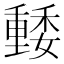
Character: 𡣢